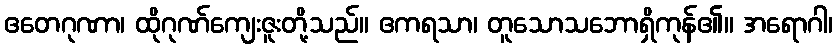
ဧတေဂုဏာ၊ ထိုဂုဏ်ကျေးဇူးတို့သည်။ ဧကရသာ၊ တူသောသဘောရှိကုန်၏။ အရောဂါ၊